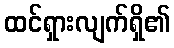
ထင်ရှားလျက်ရှိ၏